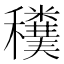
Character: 𥤄